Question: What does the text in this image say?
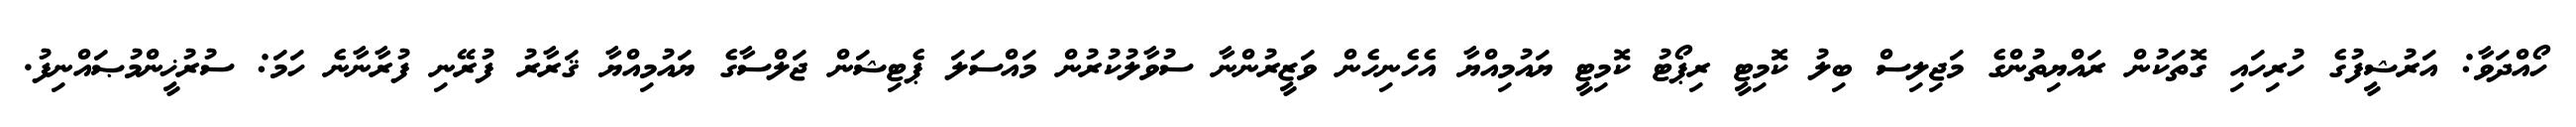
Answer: ހޯއްދަވާ: އަރުޝީފުގެ ހުރިހައި ގޮތަކުން ރައްޔިތުންގެ މަޖިލިސް ބިލު ކޮމިޓީ ރިޕޯޓު ކޮމިޓީ ޔައުމިއްޔާ އެހެނިހެން ވަޒީރުންނާ ސުވާލުކުރުން މައްސަލަ ޕެޓިޝަން ޖަލްސާގެ ޔައުމިއްޔާ ޤަރާރު ފުރޭނި ފުރާނާނެ ހަމަ: ސުރުޚީންމުޞައްނިފު.